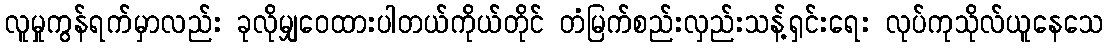
လူမှုကွန်ရက်မှာလည်း ခုလိုမျှဝေထားပါတယ်ကိုယ်တိုင် တံမြက်စည်းလှည်းသန့်ရှင်းရေး လုပ်ကုသိုလ်ယူနေသေ